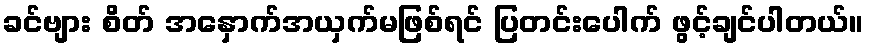
ခင်ဗျား စိတ် အနှောက်အယှက်မဖြစ်ရင် ပြတင်းပေါက် ဖွင့်ချင်ပါတယ်။